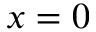
x = 0